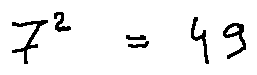
7 ^ { 2 } = 4 9